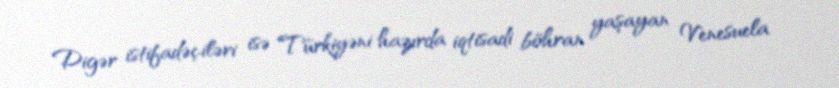
Digər istifadəçiləri isə Türkiyəni hazırda iqtisadi böhran yaşayan Venesuela